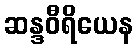
ဆန္ဒဝီရိယေန